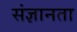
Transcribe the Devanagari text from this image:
संज्ञानता